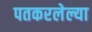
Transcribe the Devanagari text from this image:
पतकरलेल्या